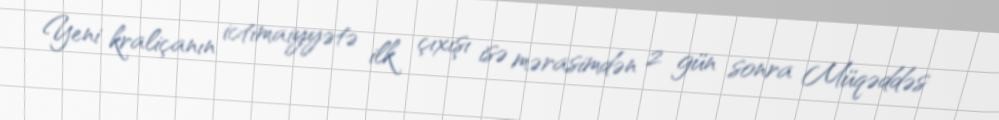
Yeni kraliçanın ictimaiyyətə ilk çıxışı isə mərasimdən 2 gün sonra Müqəddəs